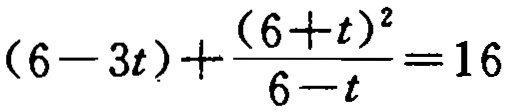
\((6 - 3t)+\frac{(6 + t)^2}{6 - t}=16\)